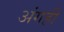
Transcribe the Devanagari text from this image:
अंगही